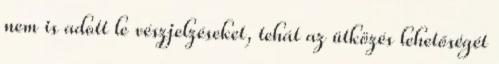
nem is adott le vészjelzéseket, tehát az ütközés lehetőségét